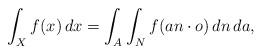
LaTeX: \begin{align*}\int_X f(x)\,dx = \int_A \int_{N} f(an\cdot o)\,dn\,da,\end{align*}